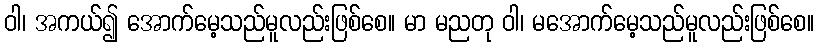
ဝါ၊ အကယ်၍ အောက်မေ့သည်မူလည်းဖြစ်စေ။ မာ မညတု ဝါ၊ မအောက်မေ့သည်မူလည်းဖြစ်စေ။